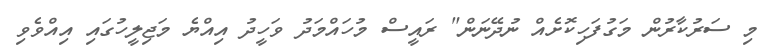
މި ސަރުކާރުން މަގުފަހިކޮށެއް ނުދޭނަން" ރައީސް މުހައްމަދު ވަހީދު އިއްޔެ މަޖިލީހުގައި އިއްވެވި